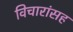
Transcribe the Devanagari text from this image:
विचारांसह